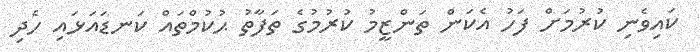
ކައިވެނި ކުރުމަށް ފަހު އެކަން ތަންޒީމު ކުރުމުގެ ތަފާތު ޙުކުމްތައް ކަނޑައަޅައި ހެދި